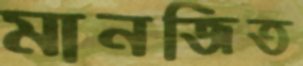
মানজিত